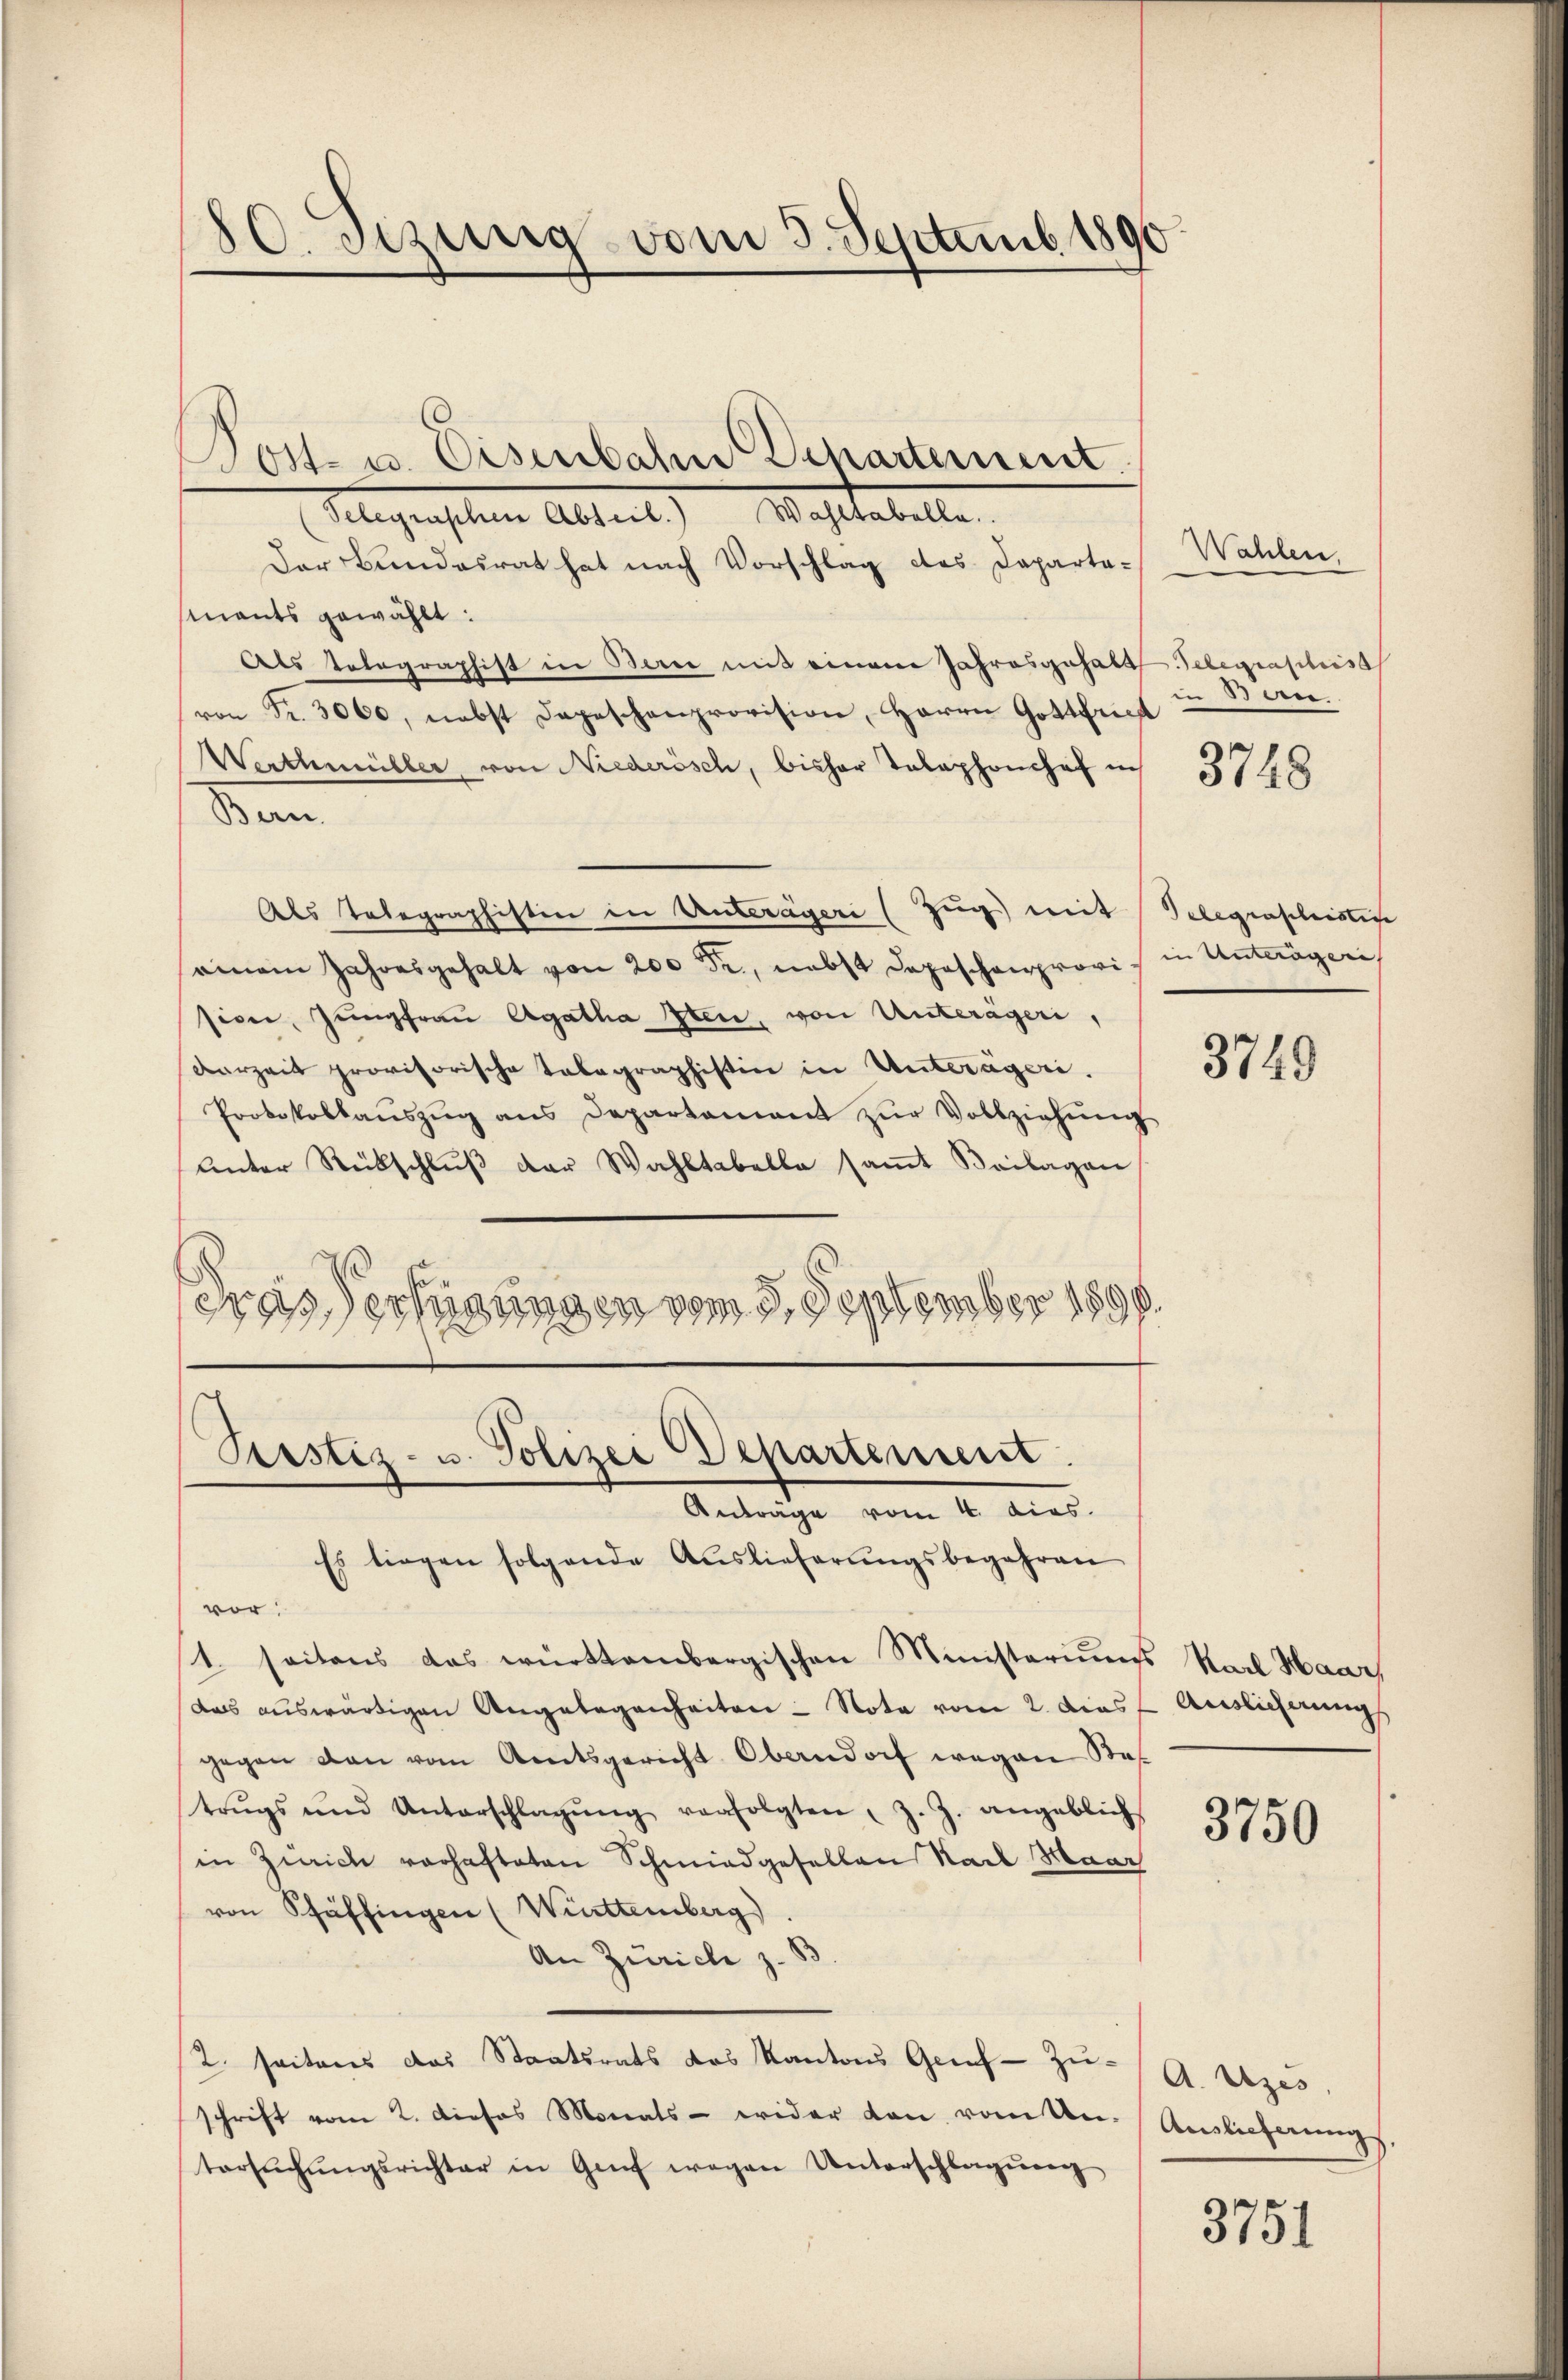
80. Sezung vom 3. Septemb. 1890

Selegraschen Abteil. Wahltabelle.
Der Bundesrat hat nach Vorschlag des Daparta-
mants gewählt:
Als totographist in Berne mit einem Jahresgehalt Telegraphis
von Fr. 3000, nebst Depeschenprovision, Herrn Gottfried
Werthmüller, von Niederösch, bisher Telephonshof in
Bern.
Als Telegraphisten in Unterägeri (Zug) mit
ainem Jahresgehalt von 200 Fr., nebst dageschenprovis in Unterägeri
sice, Jungfrau Agatha Iten, von Unterägeri,
derzeit provisorische Tabagraphistin in Unterägeri.
Protokollaŭszŭg ans Departoniert zŭr Vollziehŭng
Unter Rückschlŭβ der Wahltabella saṁt Beilagen
eras erfügungen vom 5. September 1890.

Ost- u. Eisenbahn Departement.

Postiz- u. Polizei Departement.
Anträge vom 4. dies.

Wahlen,
in Betei

Es liegen folgende Auslieferŭngsbegehren
vor:
1. seitens das württembergischen Ministeriums Karl Haar,
dass auswärtigen Angelegenheiten - Nota vom 2. Dies
gegen den vom Amtsgericht Oberndorf wegen Bes
trŭgs und Unterschlagŭng verfolgten, z. Z. angeblich
in Zürich vorhafteten Schmiedgesellen Karl Maar
von Pfäffingen (Württemberg)
An Zürich z. B
2. seitens das Staatsrats das Kantons Greif-Zuschrift vom 2. dieses Monats - wider den von an. Auslieferungs
tersŭchŭngsrichter in Genf wegen Unterschlagung

3748

Telegraschristis

3749

Auslichung

3750

A. Uzes,

3751